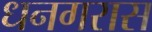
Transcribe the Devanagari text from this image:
धनगरास